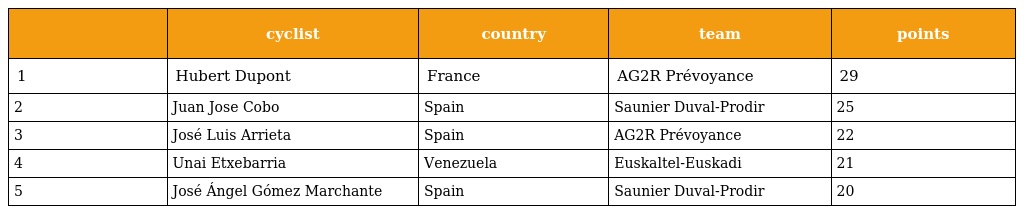
|  | cyclist | country | team | points |
 | --- | --- | --- | --- | --- |
 | 1 | Hubert Dupont | France | AG2R Prévoyance | 29 |
 | 2 | Juan Jose Cobo | Spain | Saunier Duval-Prodir | 25 |
 | 3 | José Luis Arrieta | Spain | AG2R Prévoyance | 22 |
 | 4 | Unai Etxebarria | Venezuela | Euskaltel-Euskadi | 21 |
 | 5 | José Ángel Gómez Marchante | Spain | Saunier Duval-Prodir | 20 |